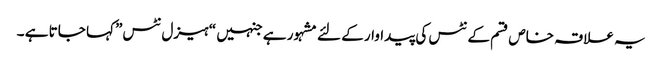
یہ علاقہ خاص قسم کے نٹس کی پیداوار کے لئے مشہور ہے جنہیں “ہیزل نٹس” کہا جاتا ہے ۔